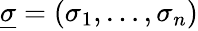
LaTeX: \underline{{\sigma}}=(\sigma_{1},\ldots,\sigma_{n})